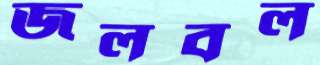
জলবল